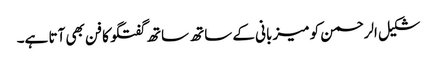
شکیل الرحمن کو میزبانی کے ساتھ ساتھ گفتگو کا فن بھی آتا ہے۔